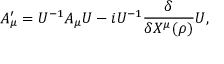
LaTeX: A _ { \mu } ^ { \prime } = U ^ { - 1 } A _ { \mu } U - i U ^ { - 1 } \frac { \delta } { \delta X ^ { \mu } ( \rho ) } U ,